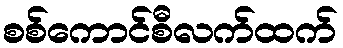
စစ်ကောင်စီလက်ထက်